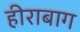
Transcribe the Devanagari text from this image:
हीराबाग